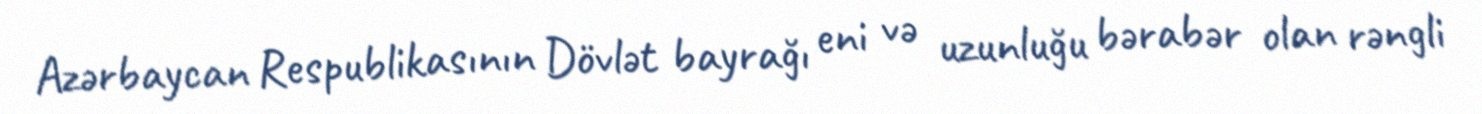
Azərbaycan Respublikasının Dövlət bayrağı eni və uzunluğu bərabər olan rəngli